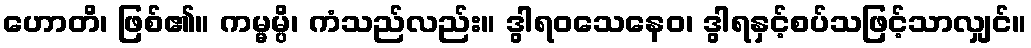
ဟောတိ၊ ဖြစ်၏။ ကမ္မမ္ပိ၊ ကံသည်လည်း။ ဒွါရဝသေနေဝ၊ ဒွါရနှင့်စပ်သဖြင့်သာလျှင်။